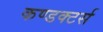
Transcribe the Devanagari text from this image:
कण्डक्टर्स